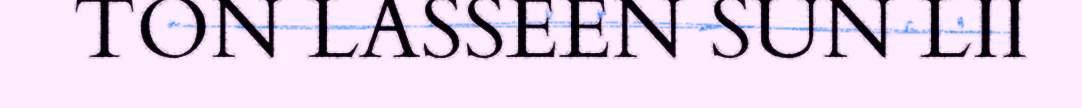
TON LASSEEN SUN LII